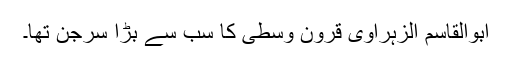
ابوالقاسم الزہراوی قرونِ وُسطیٰ کا سب سے بڑا سرجن تھا۔